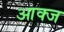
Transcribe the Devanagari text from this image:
आक्ज